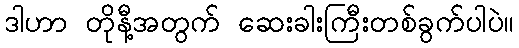
ဒါဟာ တိုနီ့အတွက် ဆေးခါးကြီးတစ်ခွက်ပါပဲ။